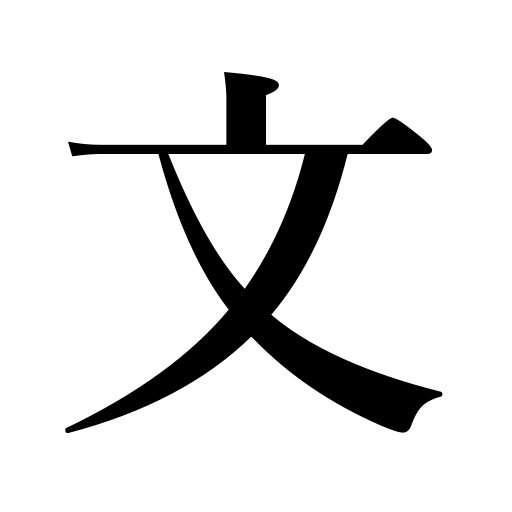
Meanings: crest,characters,literature,production,sentence,1/100 of a hyakume,style,letter,figures,the pen,composition,literary text,elegance,note,decoration,civil affairs,art